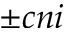
\pm c n i